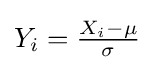
{\textstyle Y_{i}={\frac {X_{i}-\mu }{\sigma }}}